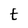
Character: t